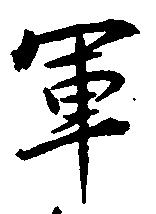
軍